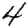
Digit: 4